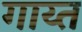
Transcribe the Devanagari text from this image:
गाय्त